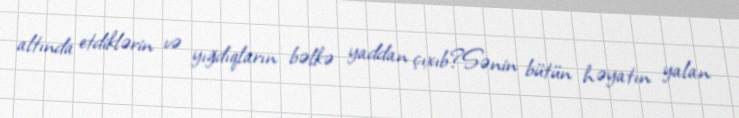
altında etdiklərin və yığdıqların bəlkə yaddan çıxıb?Sənin bütün həyatın yalan